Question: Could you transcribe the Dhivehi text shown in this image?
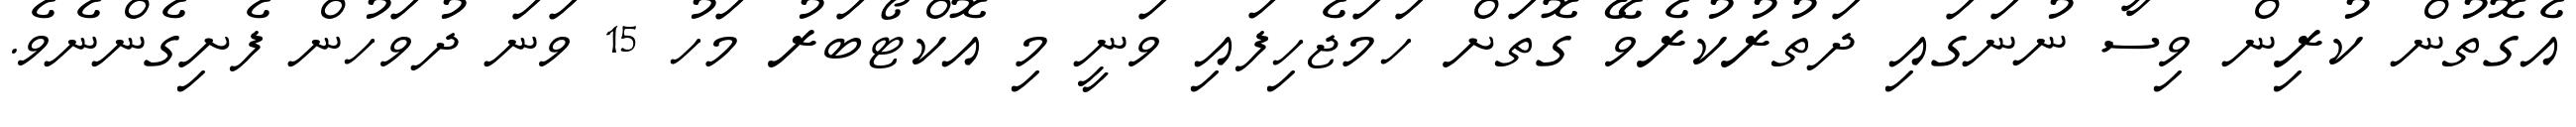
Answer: އެގޮތުން ކުރިން ވިސާ ނުނަގައި ދަތުރުކުރެވޭ ގޮތަށް ހަމަޖެހިފައި ވަނީ މި އޮކްޓޯބަރު މަހު 15 ވަނަ ދުވަހުން ފެށިގެންނެވެ.